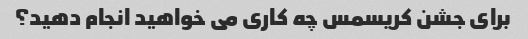
برای جشن کریسمس چه کاری می خواهید انجام دهید؟